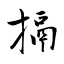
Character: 搹